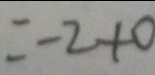
= - 2 + 0